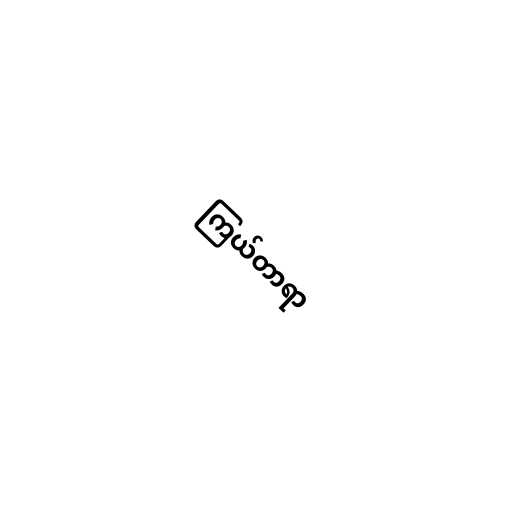
ကြယ်တာရာ